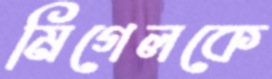
মিগেলকে